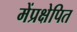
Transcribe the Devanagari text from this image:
मेंप्रक्षेपित